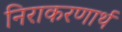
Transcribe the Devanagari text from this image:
निराकरणार्थ